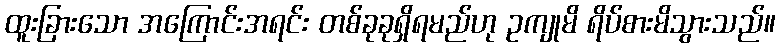
ထူးခြားသော အကြောင်းအရင်း တစ်ခုခုရှိရမည်ဟု ဥကျုမိ ရိပ်စားမိသွားသည်။